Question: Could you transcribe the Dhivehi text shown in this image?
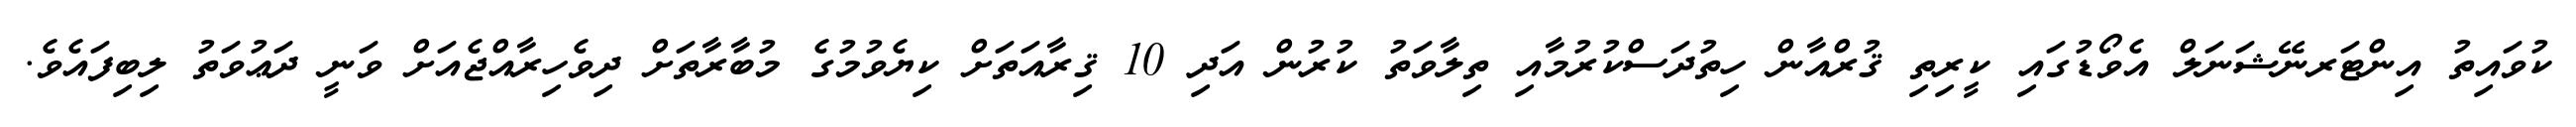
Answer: ކުވައިތު އިންޓަރނޭޝަނަލް އެވޯޑުގައި ކީރިތި ޤުރްއާން ހިތުދަސްކުރުމާއި ތިލާވަތު ކުރުން އަދި 10 ޤިރާއަތަށް ކިޔެވުމުގެ މުބާރާތަށް ދިވެހިރާއްޖެއަށް ވަނީ ދަޢުވަތު ލިބިފައެވެ.